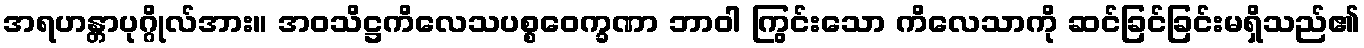
အရဟန္တာပုဂ္ဂိုလ်အား။ အဝသိဋ္ဌကိလေသပစ္စဝေက္ခဏာ ဘာဝါ ကြွင်းသော ကိလေသာကို ဆင်ခြင်ခြင်းမရှိသည်၏